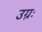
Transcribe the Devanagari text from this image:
उग्रः